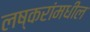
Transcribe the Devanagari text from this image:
लष्करांमधील